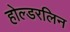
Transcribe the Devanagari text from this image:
होल्डरलिन